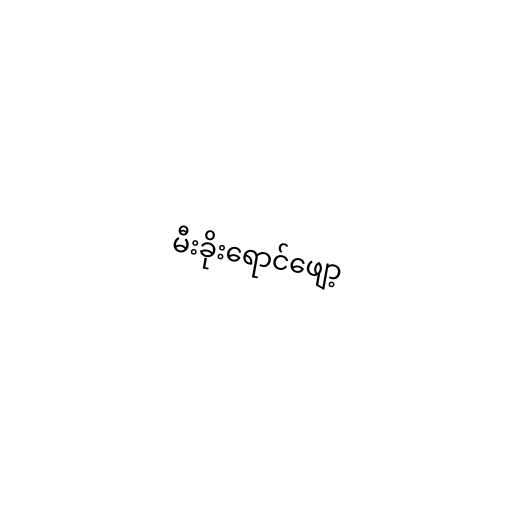
မီးခိုးရောင်ဖျော့